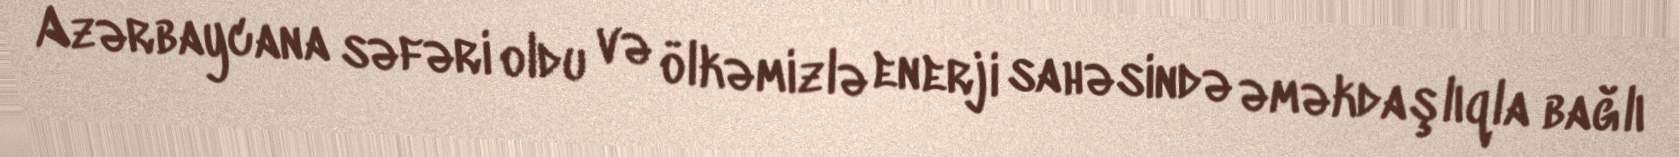
Azərbaycana səfəri oldu və ölkəmizlə enerji sahəsində əməkdaşlıqla bağlı